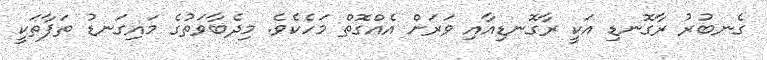
ގެނބުރު ރާގޮނޑި އަކީ ރާގޮނޑިއާއި ވަރަށް އެއްގޮތް މަހެކެވެ. މިދެބާވަތުގެ މައިގަނޑު ތަފާތަކީ